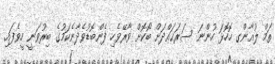
ތަމް ލުއާންގ ހޮހޮޅަ ހުންނަ ސަރަޙައްދަށް ބޯކޮށް ވާރޭވެހި ފެންބޮޑުވެދާނެކަމުގެ ބިރުވަނީ ހީވެފައި.